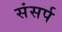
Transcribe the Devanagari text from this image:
संसर्प